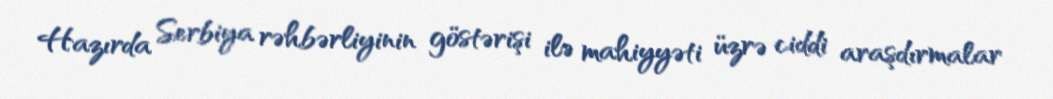
Hazırda Serbiya rəhbərliyinin göstərişi ilə mahiyyəti üzrə ciddi araşdırmalar